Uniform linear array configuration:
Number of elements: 16
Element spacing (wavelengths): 1
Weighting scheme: exponential
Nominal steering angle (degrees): -45
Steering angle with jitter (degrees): -45.108
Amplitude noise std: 0.05
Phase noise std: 0.05

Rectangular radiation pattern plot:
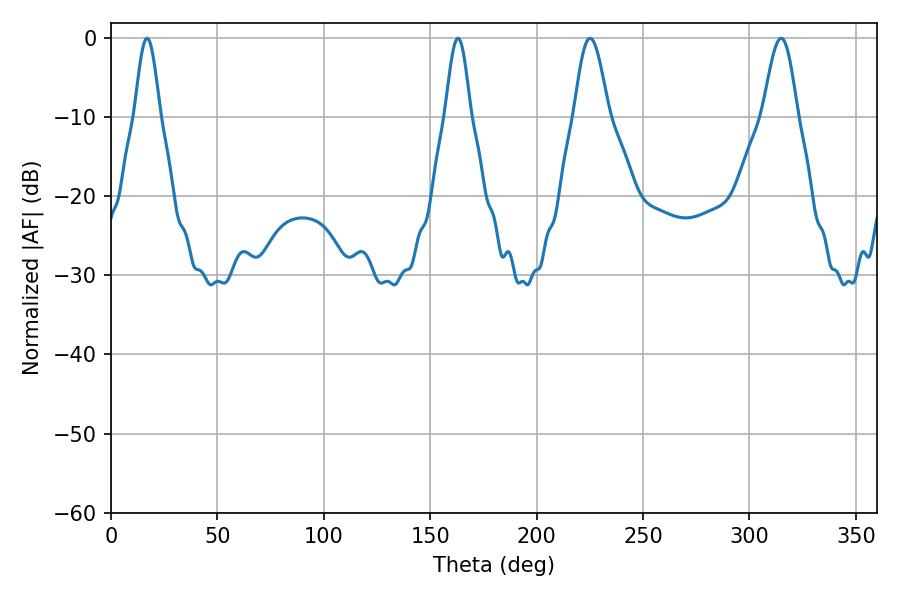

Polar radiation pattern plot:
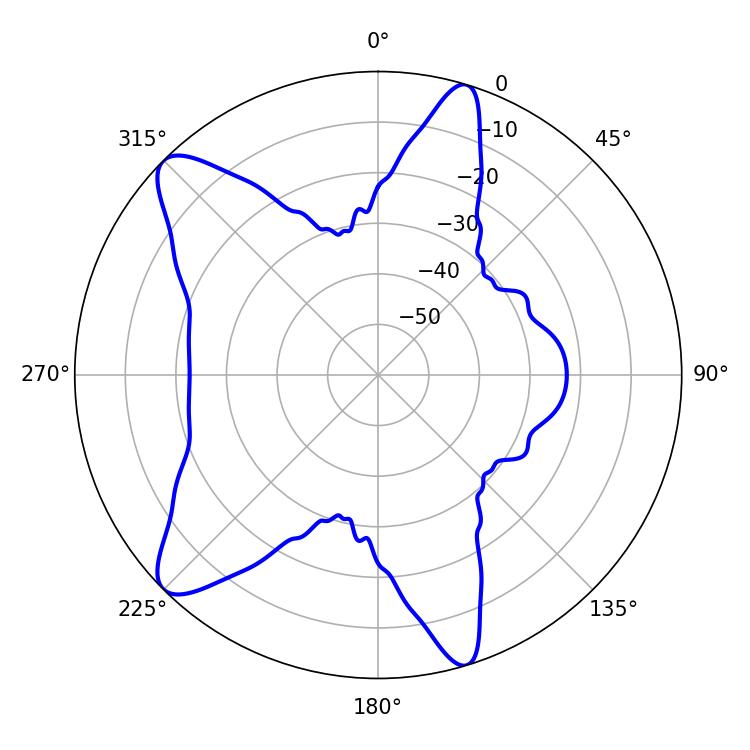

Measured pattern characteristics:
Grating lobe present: TRUE
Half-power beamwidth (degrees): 6.3
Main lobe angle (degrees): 16.92